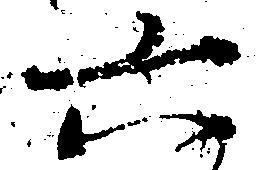
六